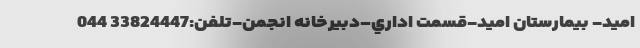
اميد- بيمارستان اميد-قسمت اداري–دبیرخانه انجمن-تلفن:33824447 044